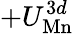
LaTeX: +U_{\mathrm{Mn}}^{3d}